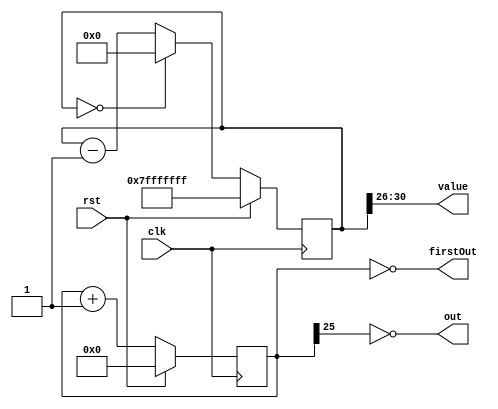
/*
   This file was generated automatically by the Mojo IDE version B1.3.6.
   Do not edit this file directly. Instead edit the original Lucid source.
   This is a temporary file and any changes made to it will be destroyed.
*/

/*
   Parameters:
     SIZE = 5
     DIV = 26
     TOP = 30
     UP = 0
*/
module custom_counter_13 (
    input clk,
    input rst,
    output reg [4:0] value,
    output reg out,
    output reg [25:0] firstOut
  );
  
  localparam SIZE = 3'h5;
  localparam DIV = 5'h1a;
  localparam TOP = 5'h1e;
  localparam UP = 1'h0;
  
  
  reg [30:0] M_ctr_d, M_ctr_q = 31'h7fffffff;
  reg [25:0] M_rise_d, M_rise_q = 1'h0;
  
  localparam MAX_VALUE = 31'h7bffffff;
  
  always @* begin
    M_rise_d = M_rise_q;
    M_ctr_d = M_ctr_q;
    
    value = M_ctr_q[26+4-:5];
    out = ~M_rise_q[25+0-:1];
    firstOut = ~M_rise_q;
    if (1'h0) begin
      M_ctr_d = M_ctr_q + 1'h1;
      if (1'h1 && M_ctr_q == 31'h7bffffff) begin
        M_ctr_d = 1'h0;
      end
    end else begin
      M_rise_d = M_rise_q + 1'h1;
      M_ctr_d = M_ctr_q - 1'h1;
      if (1'h1 && M_ctr_q == 1'h0) begin
        M_ctr_d = 1'h0;
      end
    end
  end
  
  always @(posedge clk) begin
    if (rst == 1'b1) begin
      M_ctr_q <= 31'h7fffffff;
      M_rise_q <= 1'h0;
    end else begin
      M_ctr_q <= M_ctr_d;
      M_rise_q <= M_rise_d;
    end
  end
  
endmodule